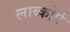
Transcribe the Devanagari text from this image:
लाब्कोर्प